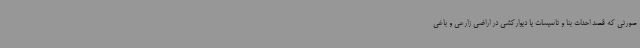
صورتی که قصد احداث بنا و تاسیسات یا دیوارکشی در اراضی زارعی و باغی